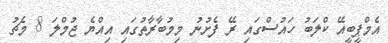
އެމްޕީބީއޭ ކްލަބު ހައުސްގައި ރޭ ފެށުނު މިމުބާރާތުގައި އިއްޔެ ޖުމްލަ 8 މެޗު